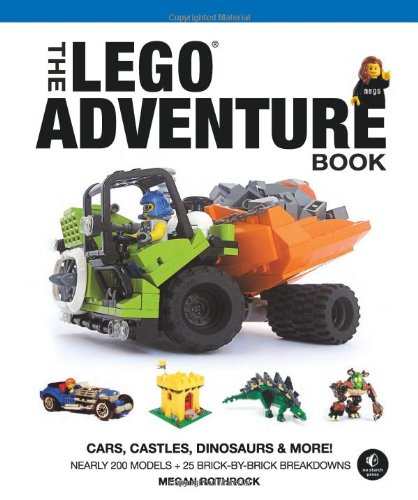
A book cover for The LEGO Adventure Book, Vol. 1: Cars, Castles, Dinosaurs & More!; Megan H. Rothrock; Crafts, Hobbies & Home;